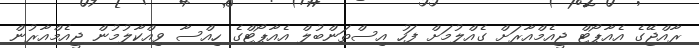
ރާއްޖޭގެ އެއާޕޯޓް ޖީއެމްއާރަށް ގެއްލުމަށް ފަހު އިސްތަންބުލް އެއާޕޯޓްގެ ހިއްސާ ވިއްކާލުމުން ޖީއެމްއާރުން